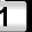
Digit: 1